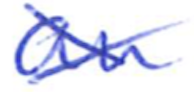
Text: an
Cross-out: cross
Writing tool: ballpoint